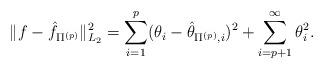
LaTeX: \begin{align*}\|f-\hat{f}_{\Pi^{(p)}}\|_{L_2}^2 = \sum_{i=1}^{p}(\theta_{i}-\hat{\theta}_{\Pi^{(p)},i})^2+ \sum_{i=p+1}^{\infty}\theta_{i}^{2}.\end{align*}